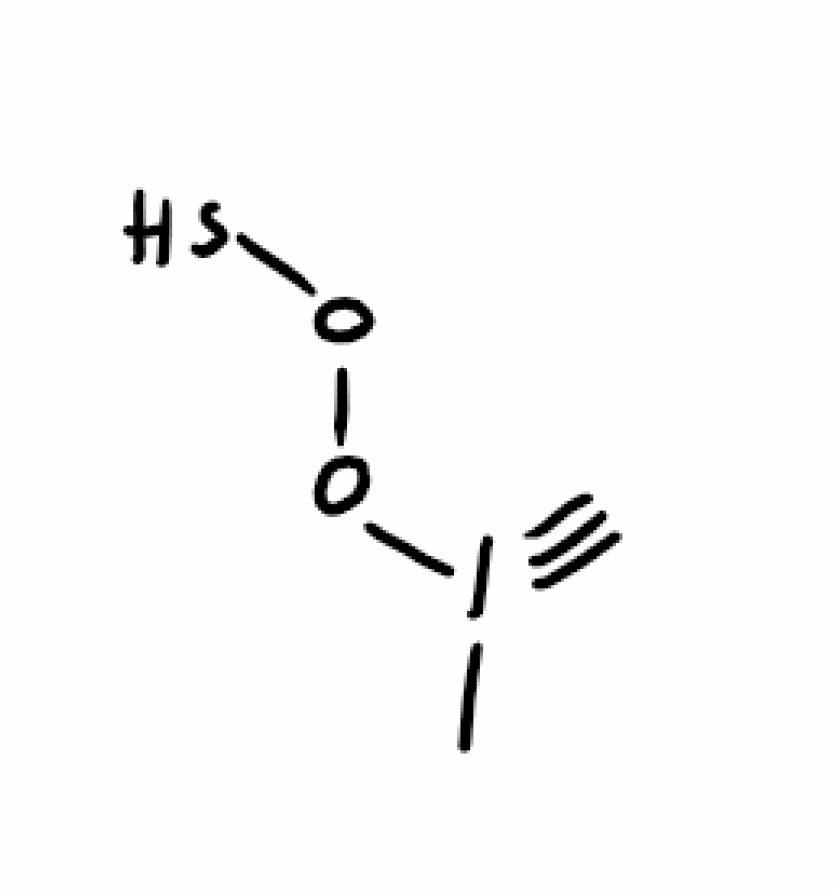
Simplified molecular-input line-entry system (SMILES) notation of the given molecule:
CI(#C)OOS